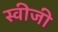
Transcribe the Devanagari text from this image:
स्वीजी